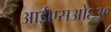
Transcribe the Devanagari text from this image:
आईएसओ६३९